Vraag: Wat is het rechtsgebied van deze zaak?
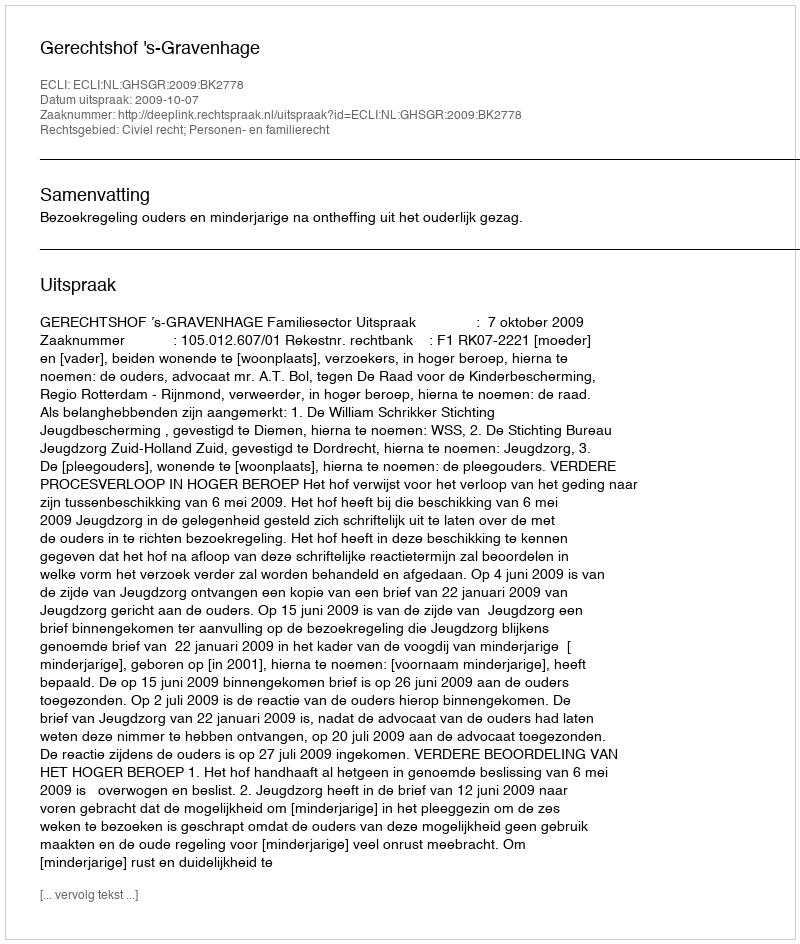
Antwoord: Civiel recht; Personen- en familierecht